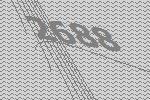
2688